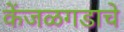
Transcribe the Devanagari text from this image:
केंजळगडाचे